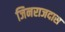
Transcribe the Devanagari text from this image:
जिनराजदास